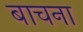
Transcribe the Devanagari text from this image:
बाचना